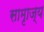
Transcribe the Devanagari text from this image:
सामृाज्य